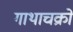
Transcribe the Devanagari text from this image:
गाथाचक्रों